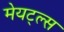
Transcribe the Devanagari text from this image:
मेयट्ल्स